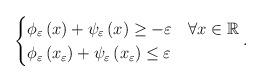
LaTeX: \begin{align*}\begin{cases}\phi_\varepsilon \left(x\right)+\psi_\varepsilon \left(x\right)\geq -\varepsilon & \forall x\in\mathbb{R}\\\phi_\varepsilon \left(x_\varepsilon\right)+\psi_\varepsilon \left(x_\varepsilon\right)\leq \varepsilon\end{cases}.\end{align*}